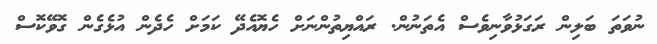
ނުވަތަ ބަލިން ރަގަޅުވާނިވެސް އެތަނުން. ރައްޔިތުންނަށް ހެޔޮއެދޭ ކަމަށް ހެދެން އުޅެގެން ގޮވޭކޮސް